Materia medica of Madras volume I
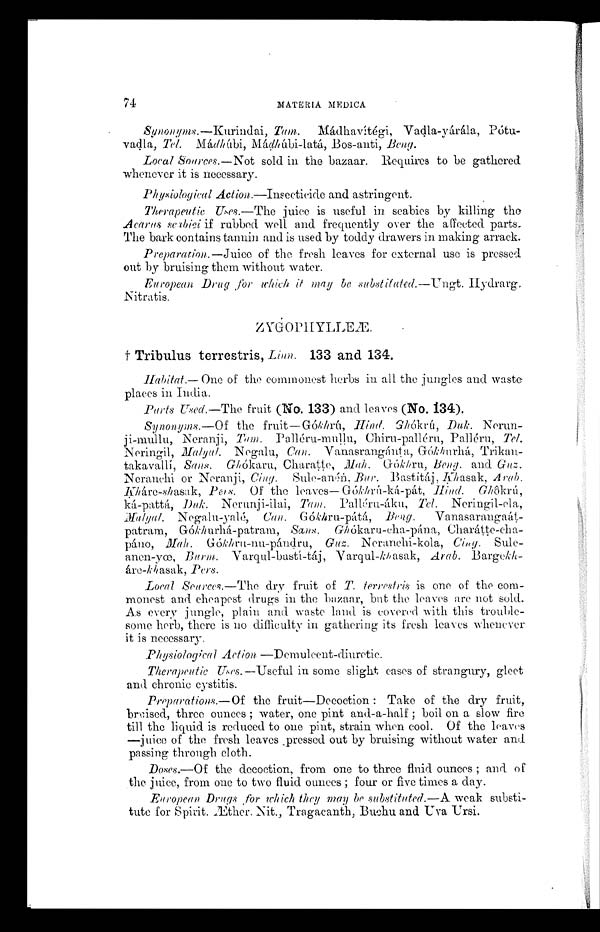
74
MATERIA MEDICA
Synonyms.—Kurindai, Tam. Mádhavítégi, Vadla-yárála, Pótu-
vadla, Tel. Mádhúbi, Mádhúbi-latá, Bos-anti, Beng.
Local Sources.—Not sold in the bazaar. Requires to be gathered
whenever it is necessary.
Physiological Action.—Insecticide and astringent.
Therapeutic Uses.—The juice is useful in scabies by killing the
Acarus scabiei if rubbed well and frequently over the affected parts.
The bark contains tannin and is used by toddy drawers in making arraek.
Preparation.—Juice of the fresh leaves for external use is pressed
out by bruising them without water.
European Drug for which it may be substitute d.—Ungt. Hydrarg.
Nitratis.
ZYGOPHYLLEÆ.
†Tribulus terrestris, Linn. 133 and 134.
Habitat.— One of the commonest herbs in all the jungles and waste
places in India.
Parts Used.—The fruit (No. 133) and leaves (No. 134).
Synonyms.—Of the fruit—Gókhrú, Hind Ghókrú, Duk. Nerun-
ji-mullu, Neranji, Tam. Palléru-mullu, Chiru-palléru, Palléru, Tel.
Neringil, Malyal. Negalu, Can. Vanasrangánta, Gókhurhá, Trikan-
takavallí, San. Ghókaru, Charatte, Mah. Gókhru, Beng. and Guz.
Neranehi or Neranji, Cing. Sule-anén, Bur. Bastítáj, khasak, Arab.
Kháre-shasak, Pers. Of the leaves— Gókhrú-ká-pát, Hind. Ghôkrú,
ká-pattá, Duk Nerunji-ilai, Tam. Palléru-áku, Tel. Neringil-ela,
Malyal Negalu-yalé, Can.Gókhru-pátá, Beng.
Vanasarangaát-
patram, Gókhurhá-patram, Sans. Ghókaru-cha-pána, Charátte-cha-
pá n o , M a h . G ó k h r u - n u - p á n d r u , G u z .
N e r a n c h i - k o l a ,
C i n g .
Sule--
anen-yœ, Burm. Varqul-bastí-táj, Varqul-khasak, Arab.
B a r g e k h - á r e - k h a s a k ,
P e r s .
Local Seurces.—The dry fruit of T. terrestris is one of the com-
monest and cheapest drugs in the bazaar, bat the leaves not sold.
As every jungle, plain and waste land is covered with this trouble-
some herb, there is no difficulty in gathering its fresh leaves whenever
it is necessary.
Physiological Action —Demulcent-diuretic.
Therapeutic Uses.—Useful in some slight cases of strangury, gleet
and chronic cystitis.
Preparations.—Of the fruit—Decoction : Take of the dry fruit,
braised, three ounces ; water, one pint and-a-half ; boil on a slow fire
till the liquid is reduced to one pint, strain when cool. Of the leaves
—juice of the fresh leaves pressed out by bruising without water and
passing through cloth.
Doses.—Of the decoction, from one to three fluid ounces ; and of
the juice, from one to two fluid ounces ; four or five times a day.
European Drugs for which they may be substituted.—A weak substi-
tute for Spirit. Æther. Nit., Tragacanth, Buchu and Uva Ursi.